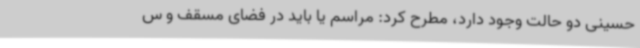
حسینی دو حالت وجود دارد، مطرح کرد: مراسم یا باید در فضای مسقف و س